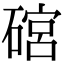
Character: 䃔